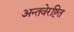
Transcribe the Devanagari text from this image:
अन्तवेरष्टित